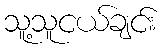
သူ့သူငယ်ချင်း